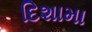
દિશામા